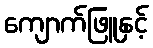
ကျောက်ဖြူနှင့်